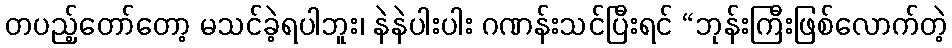
တပည့်တော်တော့ မသင်ခဲ့ရပါဘူး၊ နဲနဲပါးပါး ဂဏန်းသင်ပြီးရင် “ဘုန်းကြီးဖြစ်လောက်တဲ့